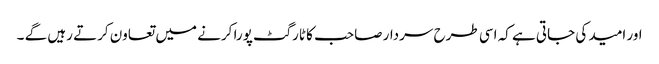
اور امید کی جاتی ہے کہ اسی طرح سردار صاحب کا ٹارگٹ پورا کرنے میں تعاون کرتے رہیں گے ۔